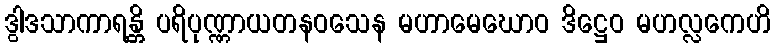
ဒွါဒသာကာရန္တိ ပရိပုဏ္ဏာယတနဝသေန မဟာမေဃောဝ ဒိဋ္ဌေဝ မဟလ္လကေဟိ